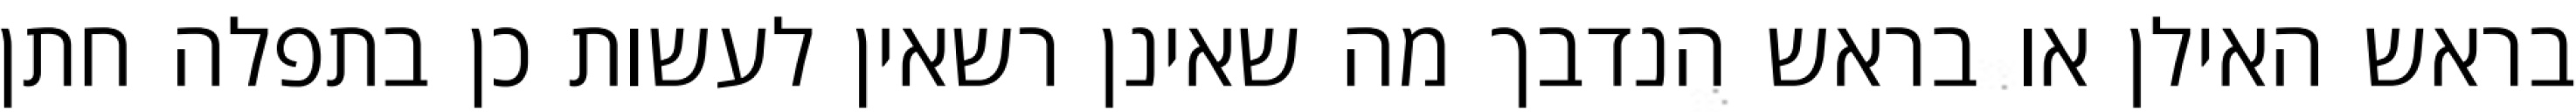
בראש האילן או בראש הנדבך מה שאינן רשאין לעשות כן בתפלה חתן